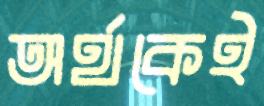
অর্থকেই